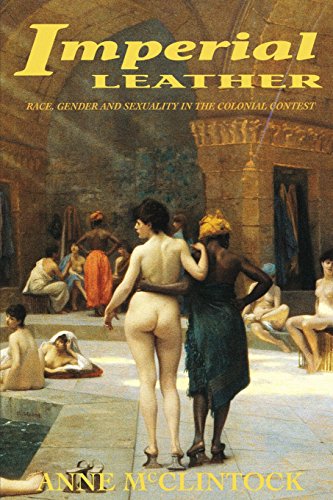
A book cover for Imperial Leather: Race, Gender, and Sexuality in the Colonial Contest; Anne Mcclintock; Gay & Lesbian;